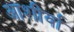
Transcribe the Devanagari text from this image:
आशीर्वा